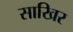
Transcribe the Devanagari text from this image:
साखिर